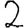
Digit: 2